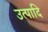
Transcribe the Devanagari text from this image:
उत्पादि